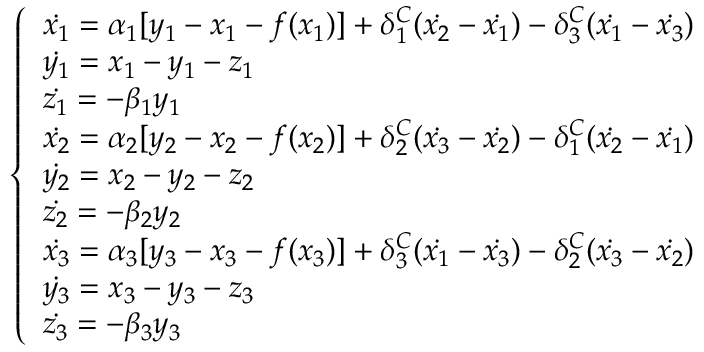
\left\{ \begin{array} { l l } { \dot { x _ { 1 } } = \alpha _ { 1 } [ y _ { 1 } - x _ { 1 } - f ( x _ { 1 } ) ] + \delta _ { 1 } ^ { C } ( \dot { x _ { 2 } } - \dot { x _ { 1 } } ) - \delta _ { 3 } ^ { C } ( \dot { x _ { 1 } } - \dot { x _ { 3 } } ) } \\ { \dot { y _ { 1 } } = x _ { 1 } - y _ { 1 } - z _ { 1 } } \\ { \dot { z _ { 1 } } = - \beta _ { 1 } y _ { 1 } } \\ { \dot { x _ { 2 } } = \alpha _ { 2 } [ y _ { 2 } - x _ { 2 } - f ( x _ { 2 } ) ] + \delta _ { 2 } ^ { C } ( \dot { x _ { 3 } } - \dot { x _ { 2 } } ) - \delta _ { 1 } ^ { C } ( \dot { x _ { 2 } } - \dot { x _ { 1 } } ) } \\ { \dot { y _ { 2 } } = x _ { 2 } - y _ { 2 } - z _ { 2 } } \\ { \dot { z _ { 2 } } = - \beta _ { 2 } y _ { 2 } } \\ { \dot { x _ { 3 } } = \alpha _ { 3 } [ y _ { 3 } - x _ { 3 } - f ( x _ { 3 } ) ] + \delta _ { 3 } ^ { C } ( \dot { x _ { 1 } } - \dot { x _ { 3 } } ) - \delta _ { 2 } ^ { C } ( \dot { x _ { 3 } } - \dot { x _ { 2 } } ) } \\ { \dot { y _ { 3 } } = x _ { 3 } - y _ { 3 } - z _ { 3 } } \\ { \dot { z _ { 3 } } = - \beta _ { 3 } y _ { 3 } } \end{array} \right.